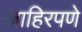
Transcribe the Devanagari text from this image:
जाहिरपणे